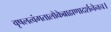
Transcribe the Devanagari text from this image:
वृषलत्वंगतालोकेब्राह्मणादर्शनेनच।